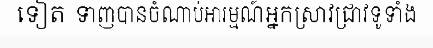
ទៀត ទាញបានចំណាប់អារម្មណ៍អ្នកស្រាវជ្រាវទូទាំង